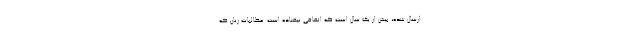
ارسال شده، بیش از یک سال است که اتفاقی نیفتاده است. مطالبات زنان که